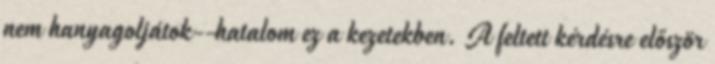
nem hanyagoljátok--hatalom ez a kezetekben. A feltett kérdésre először